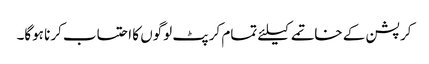
کرپشن کے خاتمے کیلئے تمام کرپٹ لوگوں کا احتساب کرنا ہوگا۔